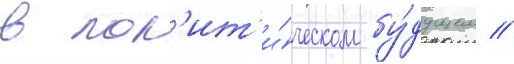
в пол'ит'и́ческом бу́дущем //